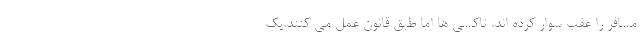
مسافر را عقب سوار کرده اند. تاکسی ها اما طبق قانون عمل می کنند.یک